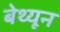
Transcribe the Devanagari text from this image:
बेथ्यून